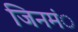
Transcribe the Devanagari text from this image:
जिनमंे